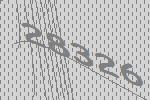
28326